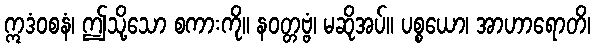
ဣဒံဝစနံ၊ ဤသို့သော စကားကို။ နဝတ္တဗ္ဗံ၊ မဆိုအပ်။ ပစ္စယော၊ အာဟာရောတိ၊